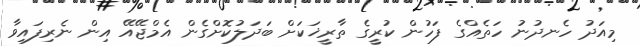
މިއަދު ހެނދުނު ހަތެއްގެ ފަހުން ކުރީގެ ތާރީޚަކަށް ބަދަލުކޮށްގެން އެމްޖޭއޭ އިން ނެރިފައިވާ